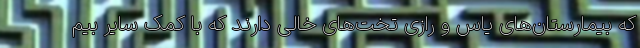
که بیمارستان‌های یاس و رازی تخت‌های خالی دارند که با کمک سایر بیم